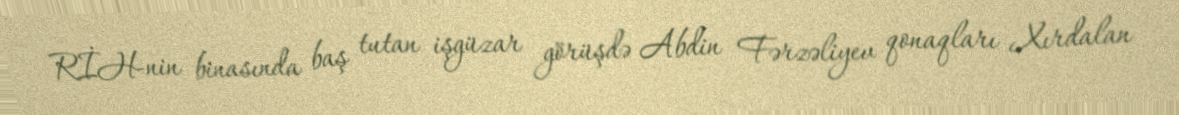
RİH-nin binasında baş tutan işgüzar görüşdə Abdin Fərzəliyev qonaqları Xırdalan